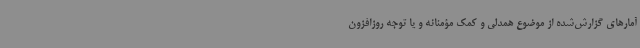
آمارهای گزارش‌شده از موضوع همدلی و کمک مؤمنانه و یا توجه روزافزون